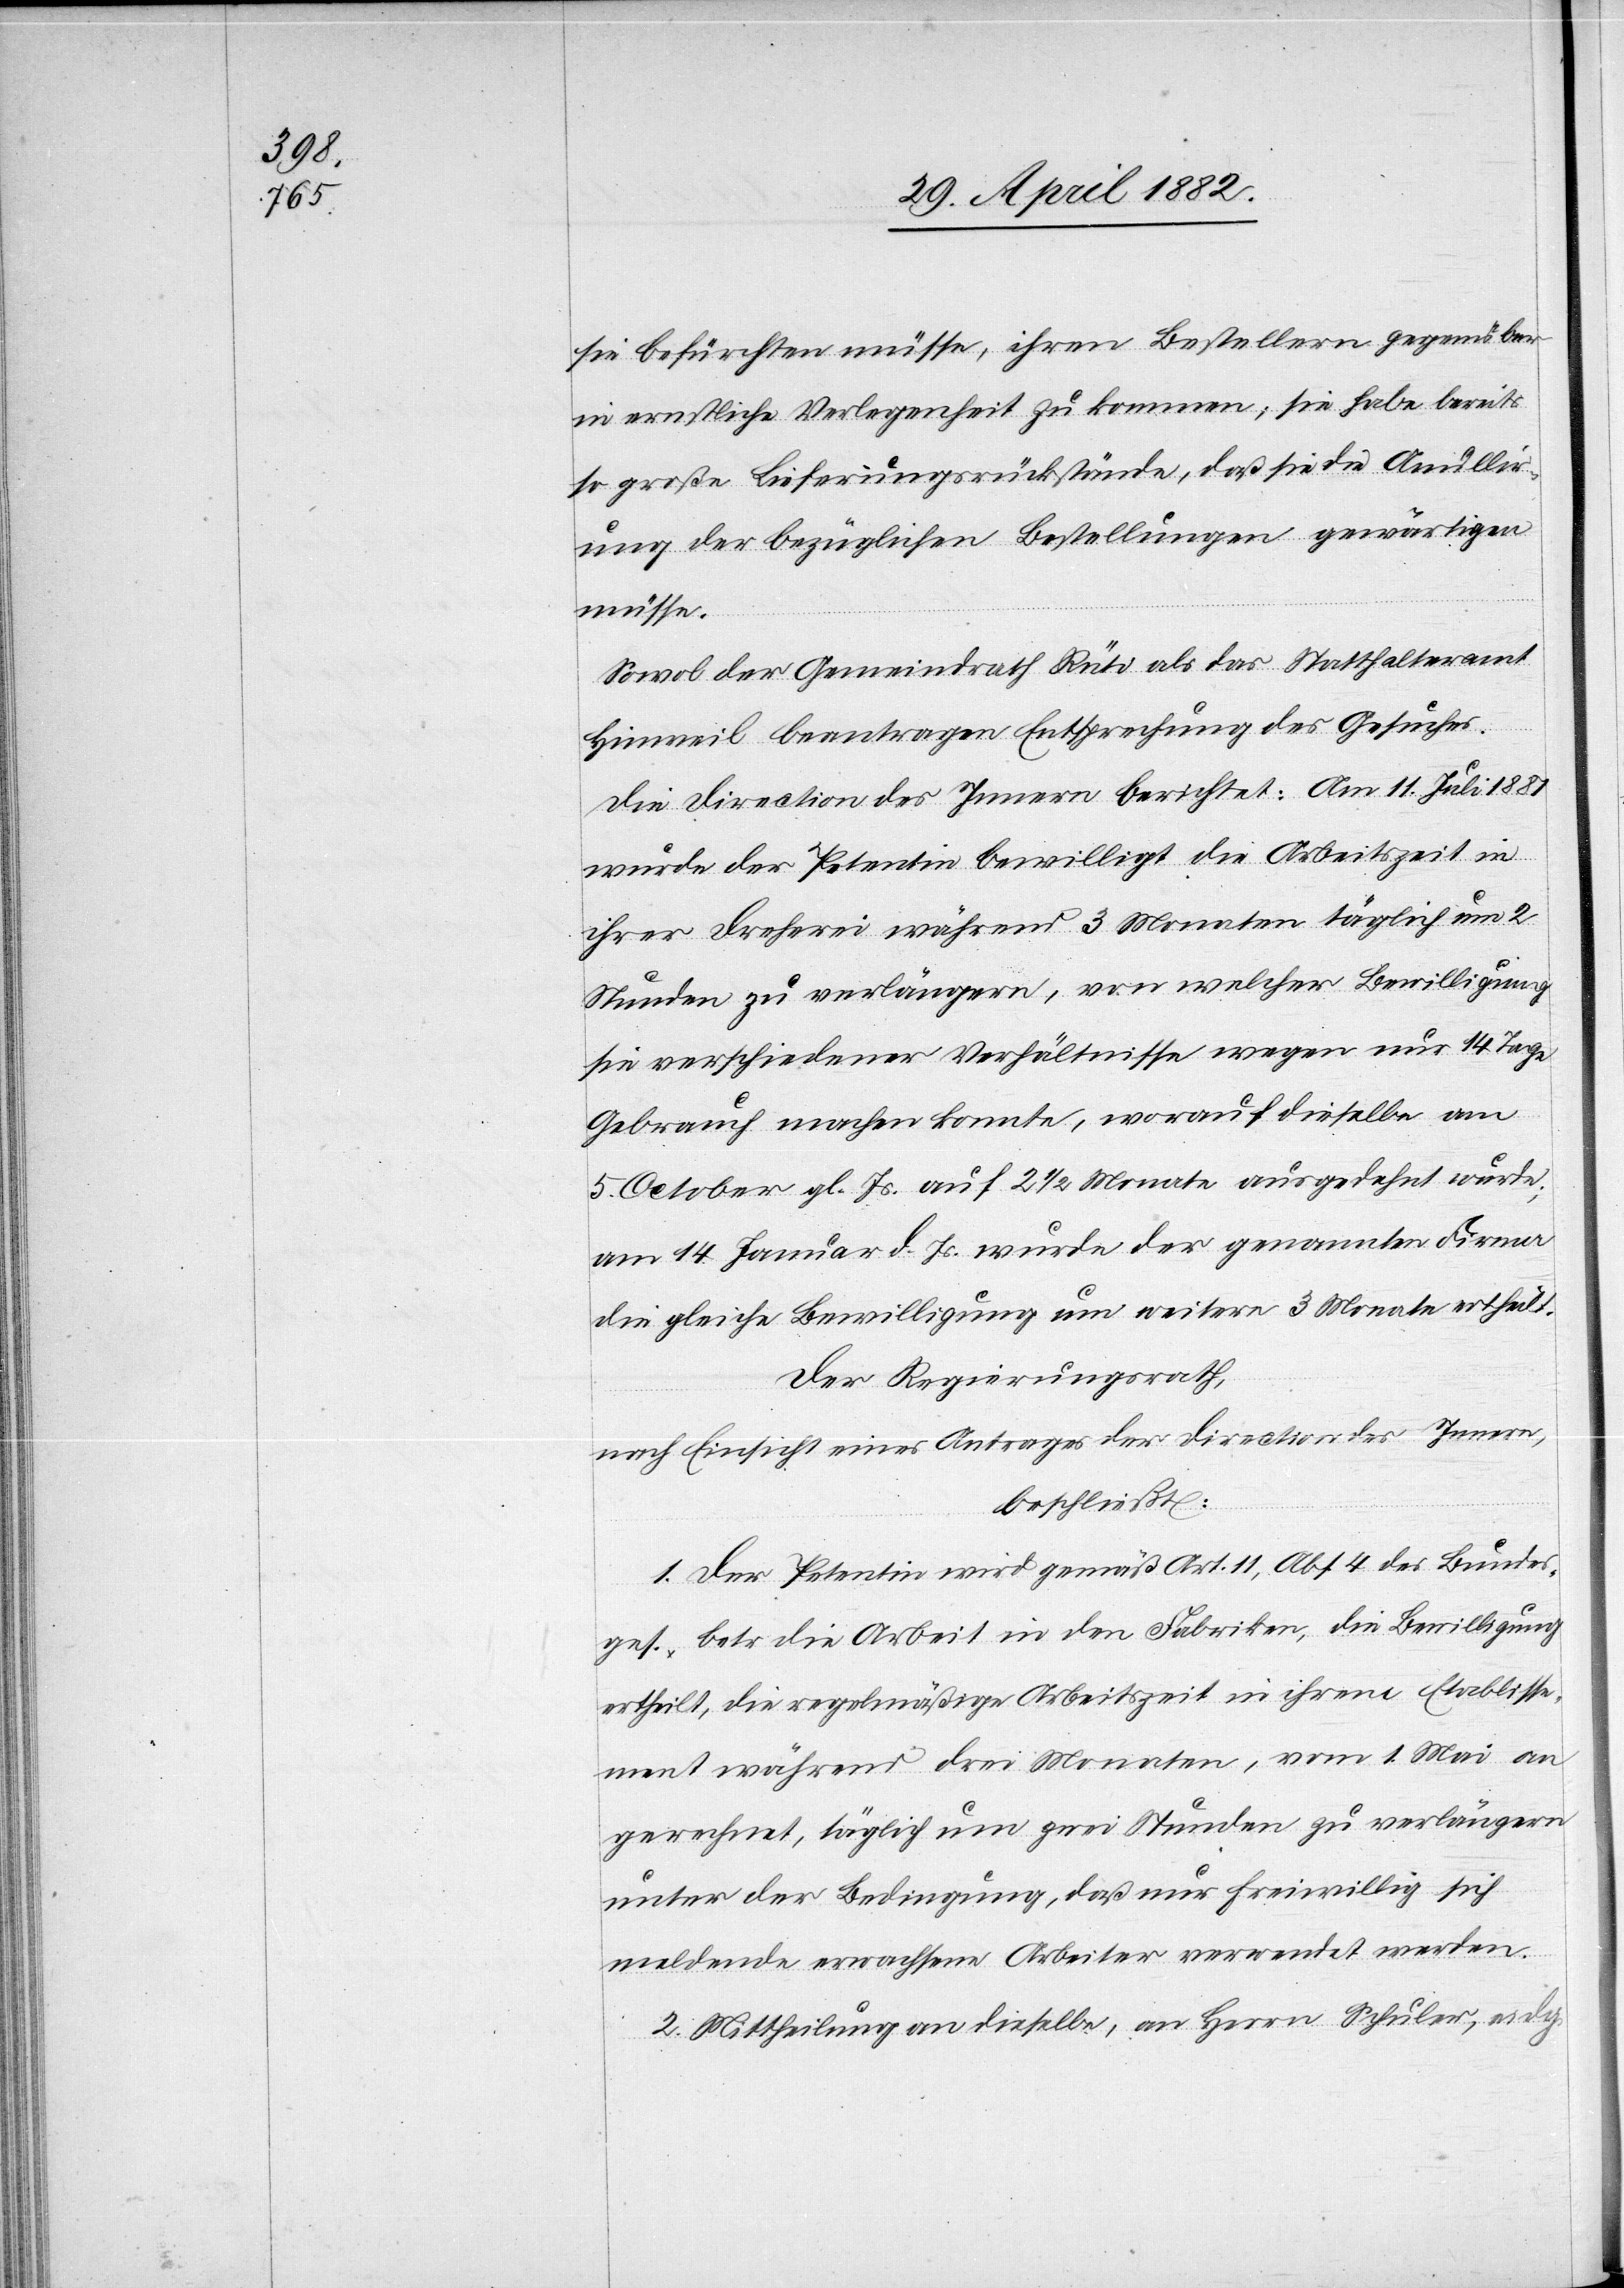
sie befürchten müsse, ihren Bestellern gegenüber
in ernstliche Verlegenheit zu kommen; sie habe bereits
so große Lieferungsrückstände, daß sie die Anullir¬
ung der bezüglichen Bestellungen gewärtigen
müsse.
Sowol der Gemeindrath Rüti als das Statthalteramt
Hinweil beantragen Entsprechung des Gesuches.
Die Direction des Innern berichtet: Am 11. Juli 1881
wurde der Petentin bewilligt die Arbeitszeit in
ihrer Dreherei während 3 Monaten täglich um 2
Stunden zu verlängern, von welcher Bewilligung
sie verschiedener Verhältnisse wegen nur 14 Tage
Gebrach machen konnte, worauf dieselbe am
5. October gl. Js. auf 2 1/2 Monate ausgedehnt wurde;
am 14. Januar d. Js. wurde der genannten Firma
die gleiche Bewilligung um weitere 3 Monate ertheilt.
Der Regierungsrath,
nach Einsicht eines Antrages der Direction des Innern,
beschließt:
1. Der Petentin wird gemäß Art. 11, Abs. 4 des Bunde¬
ges. betr. die Arbeit in den Fabriken, die Bewilligung
ertheilt, die regelmäßige Arbeitszeit in ihrem Etablisse¬
ment während drei Monaten, vom 1. Mai an
gerechnet, täglich um zwei Stunden zu verlängern
unter der Bedingung, daß nur freiwillig sich
meldende erwachsene Arbeiter verwendet werden.
2. Mittheilung an dieselbe, an Herrn Schuler, eidg.